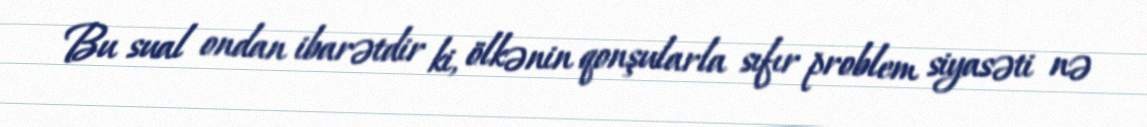
Bu sual ondan ibarətdir ki, ölkənin qonşularla sıfır problem siyasəti nə